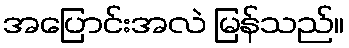
အပြောင်းအလဲ မြန်သည်။